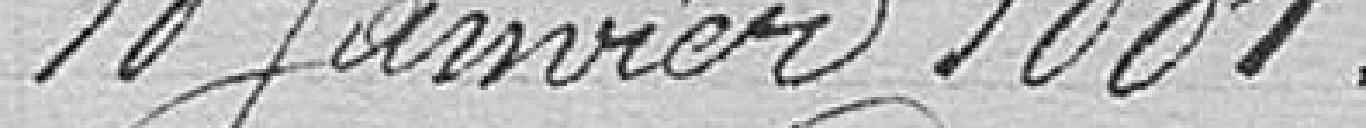
10 janvier 1881